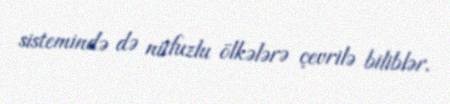
sistemində də nüfuzlu ölkələrə çevrilə biliblər.